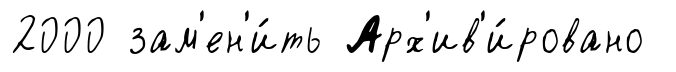
2000 зам'ен'и́ть Арх'ив'и́ровано